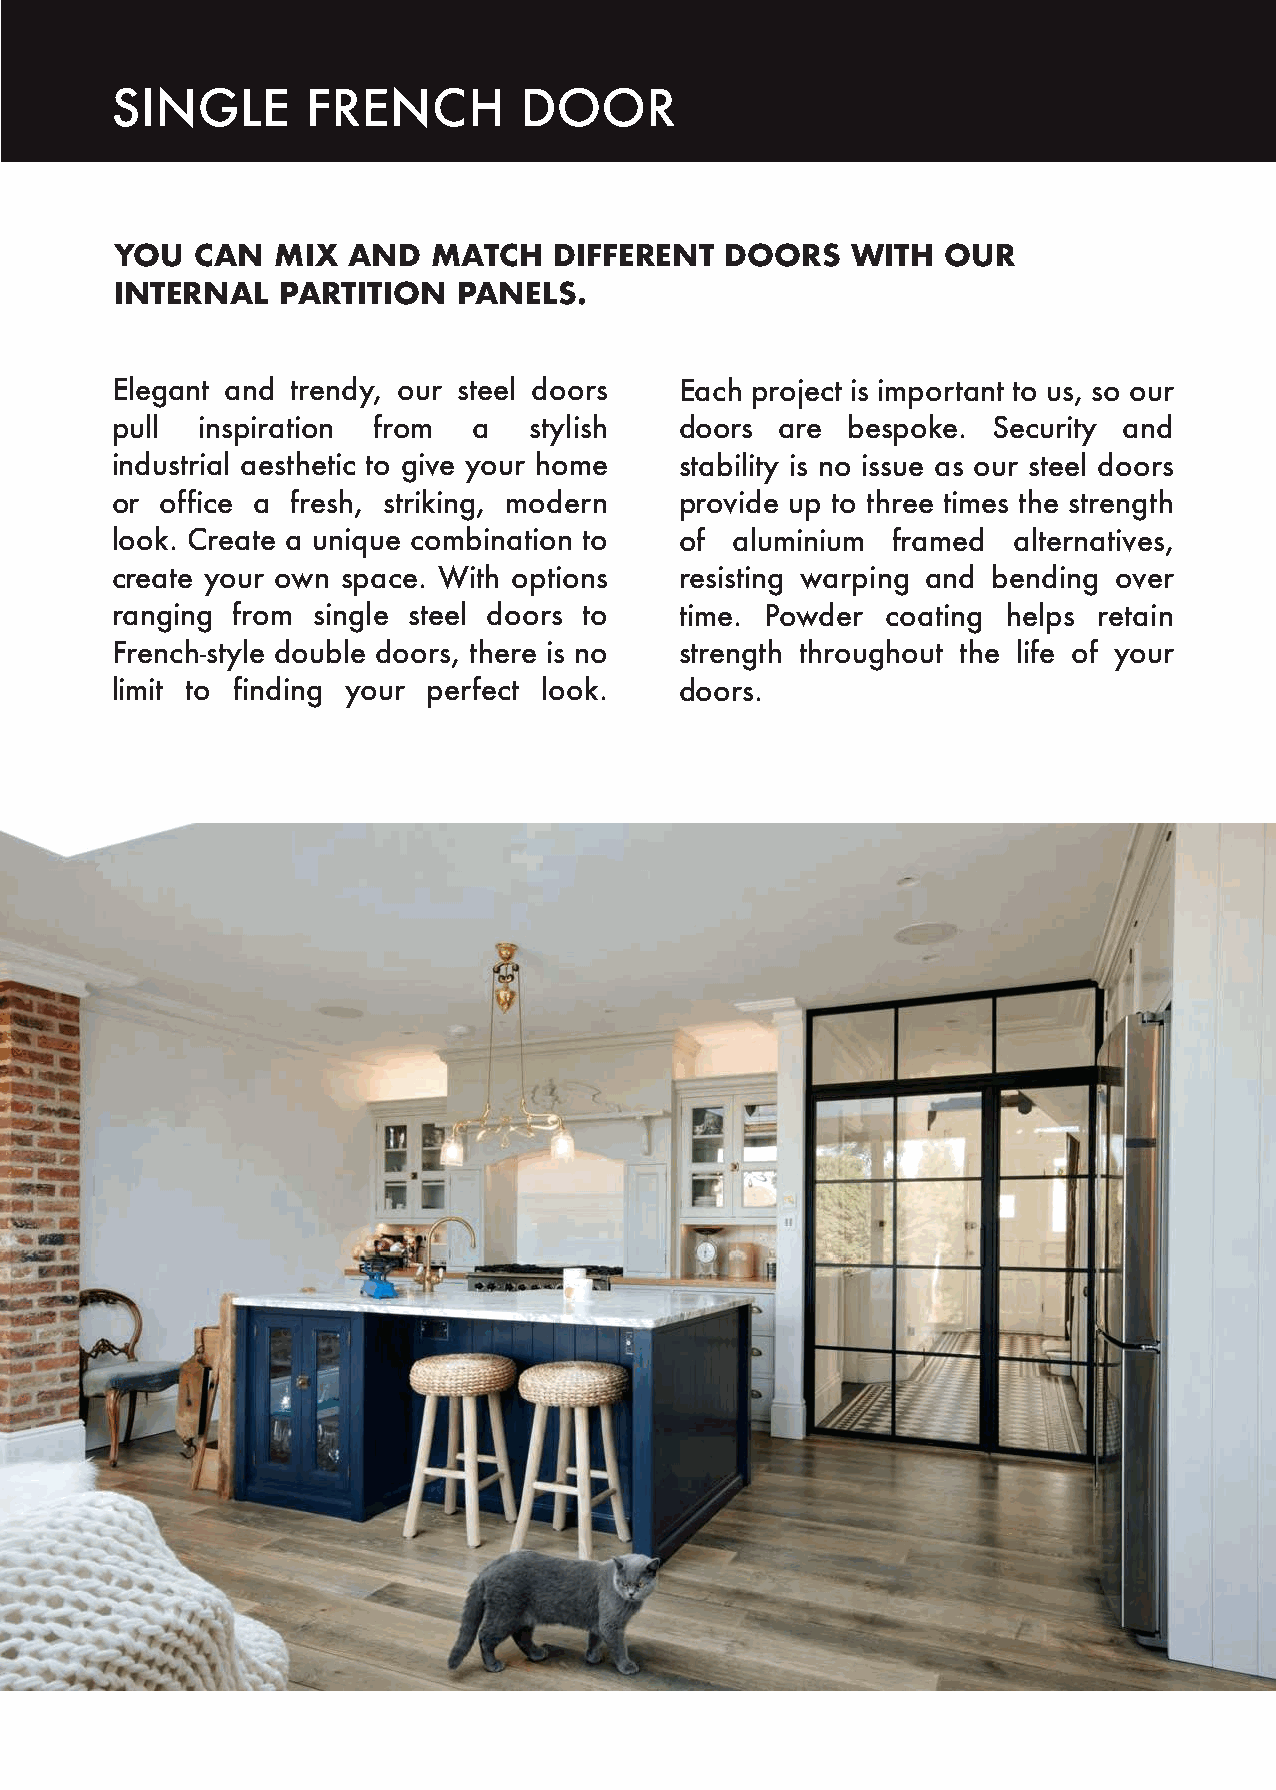
SINGLE       FRENCH        DOOR
 YOU  CAN  MIX  AND   MATCH   DIFFERENT  DOORS   WITH   OUR
 INTERNAL   PARTITION  PANELS.
 Elegant and trendy, our steel doors   Each project is important to us, so our
 pull  inspiration from  a   stylish   doors  are bespoke.  Security and
 industrial aesthetic to give your home stability is no issue as our steel doors
 or  office a fresh, striking, modern  provide up to three times the strength
 look. Create a unique combination to  of aluminium  framed  alternatives,
 create your own space. With options   resisting warping and bending over
 ranging from  single steel doors to   time. Powder  coating helps retain
 French-style double doors, there is no strength throughout the life of your
 limit to finding your perfect look.   doors.